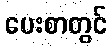
ပေးစာတွင်